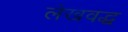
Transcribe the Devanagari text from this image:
लेखवद्ध